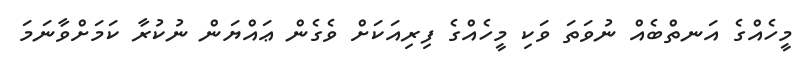
މީހެއްގެ އަނތްބެއް ނުވަތަ ވަކި މީހެއްގެ ފިރިއަަކަށް ވެގެން ޢައްޔަން ނުކުރާ ކަމަށްވާނަމަ